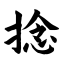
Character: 捻